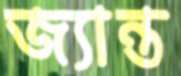
জ্যান্ত